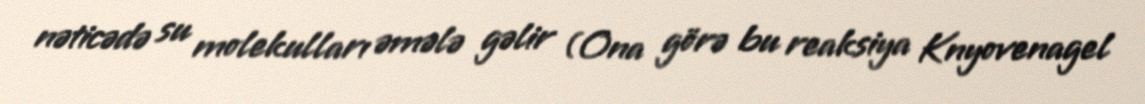
nəticədə su molekulları əmələ gəlir (Ona görə bu reaksiya Knyovenagel